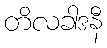
တိလခါဒနီ